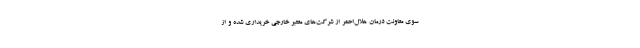
سوی معاونت درمان هلال‌احمر از شرکت‌های معتبر خارجی خریداری شده و از